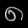
Digit: ၈